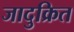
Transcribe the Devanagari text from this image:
जादुक्रित